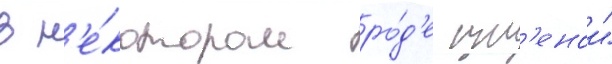
в н'е́котором ро́д'е изм'енои"